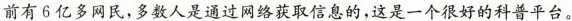
前有6亿多网民，多数人是通过网络获取信息的，这是一个很好的科普平台。